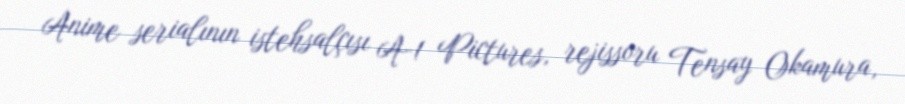
Anime serialının istehsalçısı A-1 Pictures, rejissoru Tensay Okamura,